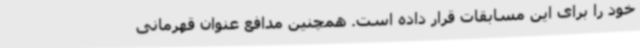
خود را برای این مسابقات قرار داده است. همچنین مدافع عنوان قهرمانی